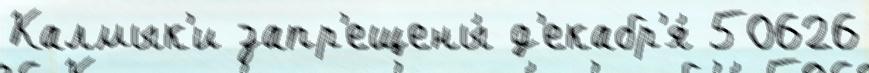
Калмык'и запр'ещены́ д'екабр'я́ 50626